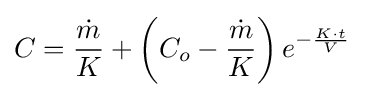
C={\frac {\dot {m}}{K}}+\left(C_{o}-{\frac {\dot {m}}{K}}\right)e^{-{\frac {K\cdot t}{V}}}